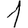
Digit: 1